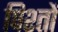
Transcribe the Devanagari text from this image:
पिश्तों